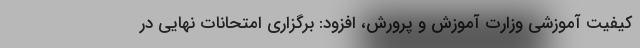
کیفیت آموزشی وزارت آموزش و پرورش، افزود: برگزاری امتحانات نهایی در